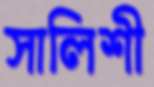
সালিশী